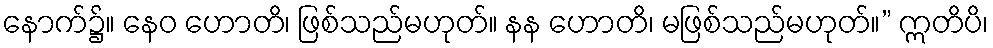
နောက်၌။ နေဝ ဟောတိ၊ ဖြစ်သည်မဟုတ်။ နန ဟောတိ၊ မဖြစ်သည်မဟုတ်။” ဣတိပိ၊